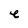
Character: e